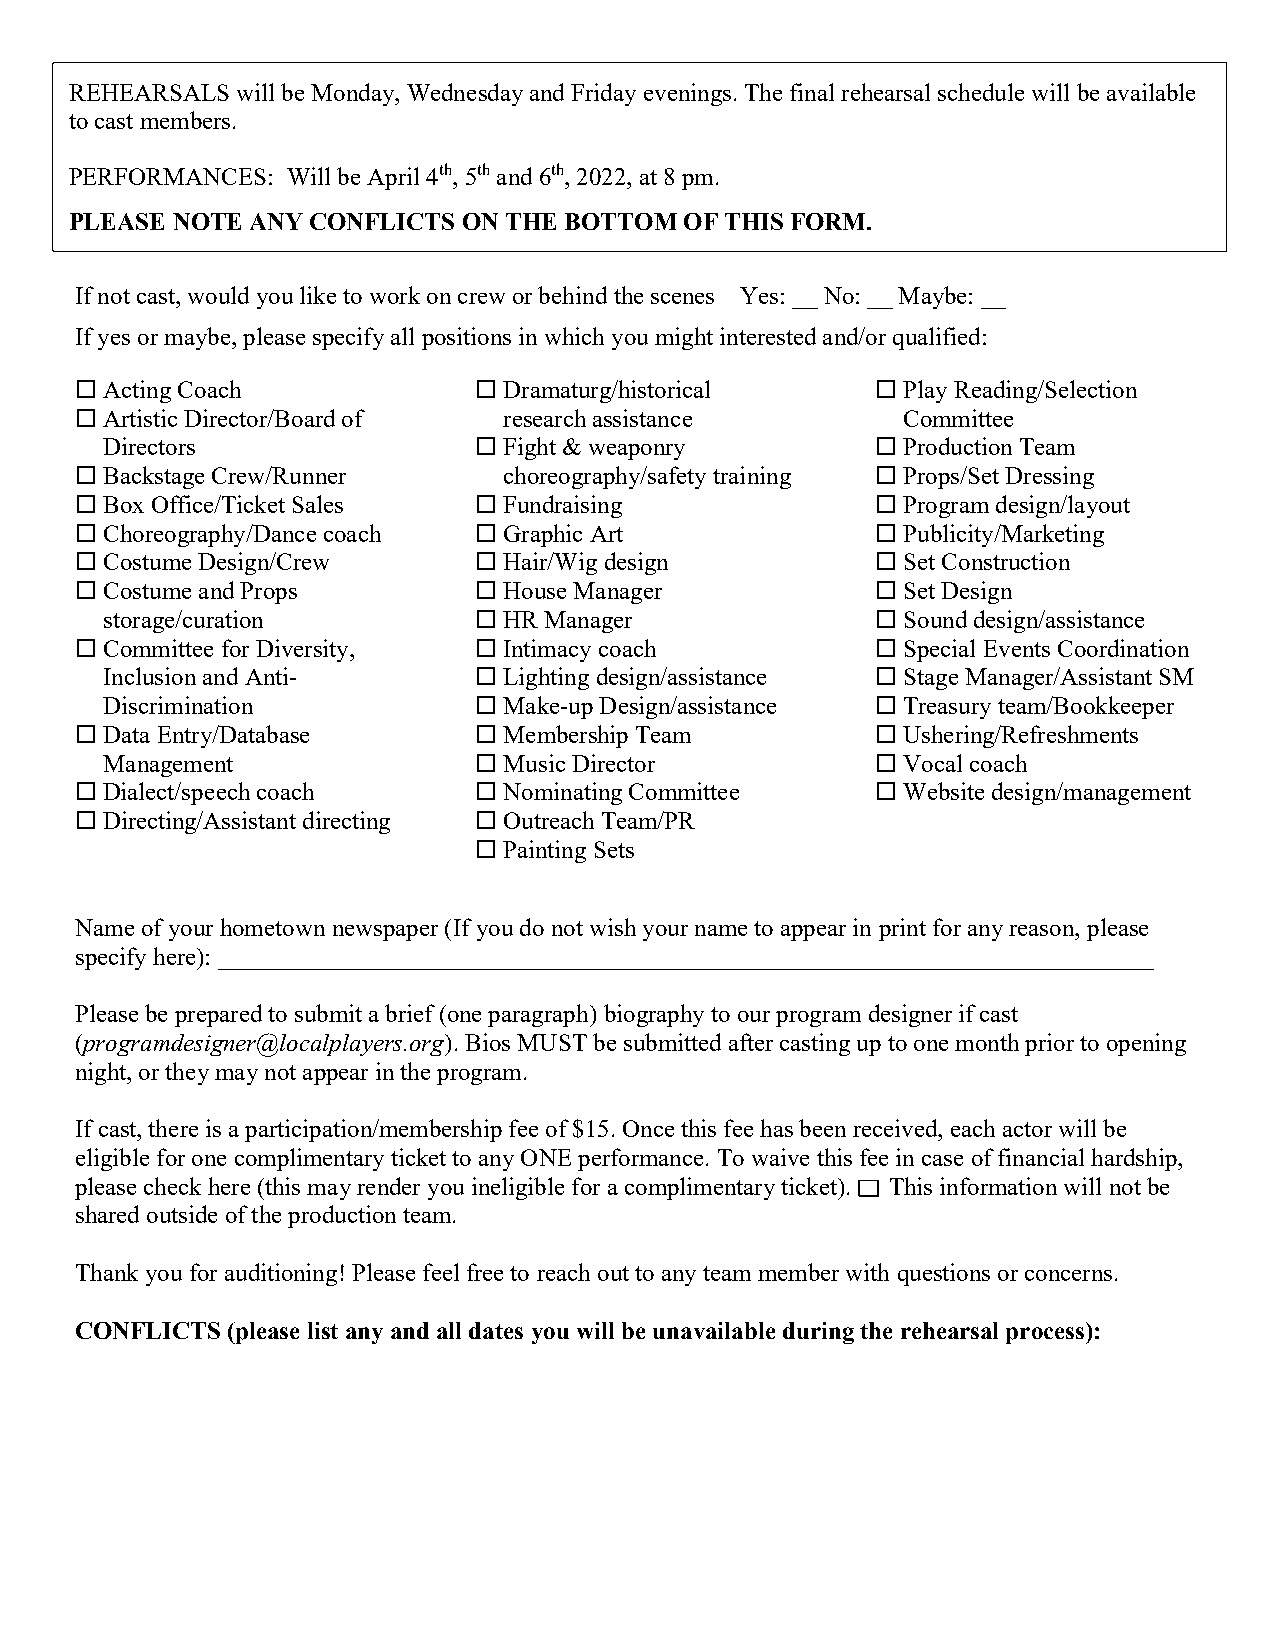
R EHEARSALS will be Monday, Wednesday and Friday evenings. The final rehearsal schedule will be available
 t o cast members.
 P ERFORMANCES: Will be April 4th, 5th and 6th, 2022, at 8 pm.
 PLEASE NOTE ANY CONFLICTS ON THE BOTTOM OF THIS FORM.
 If not cast, would you like to work on crew or behind the scenes Yes: __ No: __ Maybe: __
 If yes or maybe, please specify all positions in which you might interested and/or qualified:
  Acting Coach             Dramaturg/historical      Play Reading/Selection
  Artistic Director/Board of research assistance       Committee
 Directors                Fight & weaponry          Production Team
  Backstage Crew/Runner     choreography/safety training  Props/Set Dressing
  Box Office/Ticket Sales  Fundraising               Program design/layout
  Choreography/Dance coach  Graphic Art              Publicity/Marketing
  Costume Design/Crew      Hair/Wig design           Set Construction
  Costume and Props        House Manager             Set Design
 storage/curation         HR Manager                Sound design/assistance
  Committee for Diversity,  Intimacy coach           Special Events Coordination
 Inclusion and Anti-      Lighting design/assistance  Stage Manager/Assistant SM
 Discrimination           Make-up Design/assistance  Treasury team/Bookkeeper
  Data Entry/Database      Membership Team           Ushering/Refreshments
 Management               Music Director            Vocal coach
  Dialect/speech coach     Nominating Committee      Website design/management
  Directing/Assistant directing  Outreach Team/PR
  Painting Sets
 Name of your hometown newspaper (If you do not wish your name to appear in print for any reason, please
 specify here): ___________________________________________________________________________
 Please be prepared to submit a brief (one paragraph) biography to our program designer if cast
 (programdesigner@localplayers.org). Bios MUST be submitted after casting up to one month prior to opening
 night, or they may not appear in the program.
 If cast, there is a participation/membership fee of $15. Once this fee has been received, each actor will be
 eligible for one complimentary ticket to any ONE performance. To waive this fee in case of financial hardship,
 please check here (this may render you ineligible for a complimentary ticket). This information will not be
 shared outside of the production team.
 Thank you for auditioning! Please feel free to reach out to any team member with questions or concerns.
 CONFLICTS (please list any and all dates you will be unavailable during the rehearsal process):